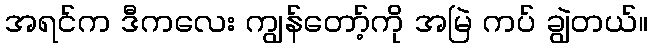
အရင်က ဒီကလေး ကျွန်တော့်ကို အမြဲ ကပ် ချွဲတယ်။